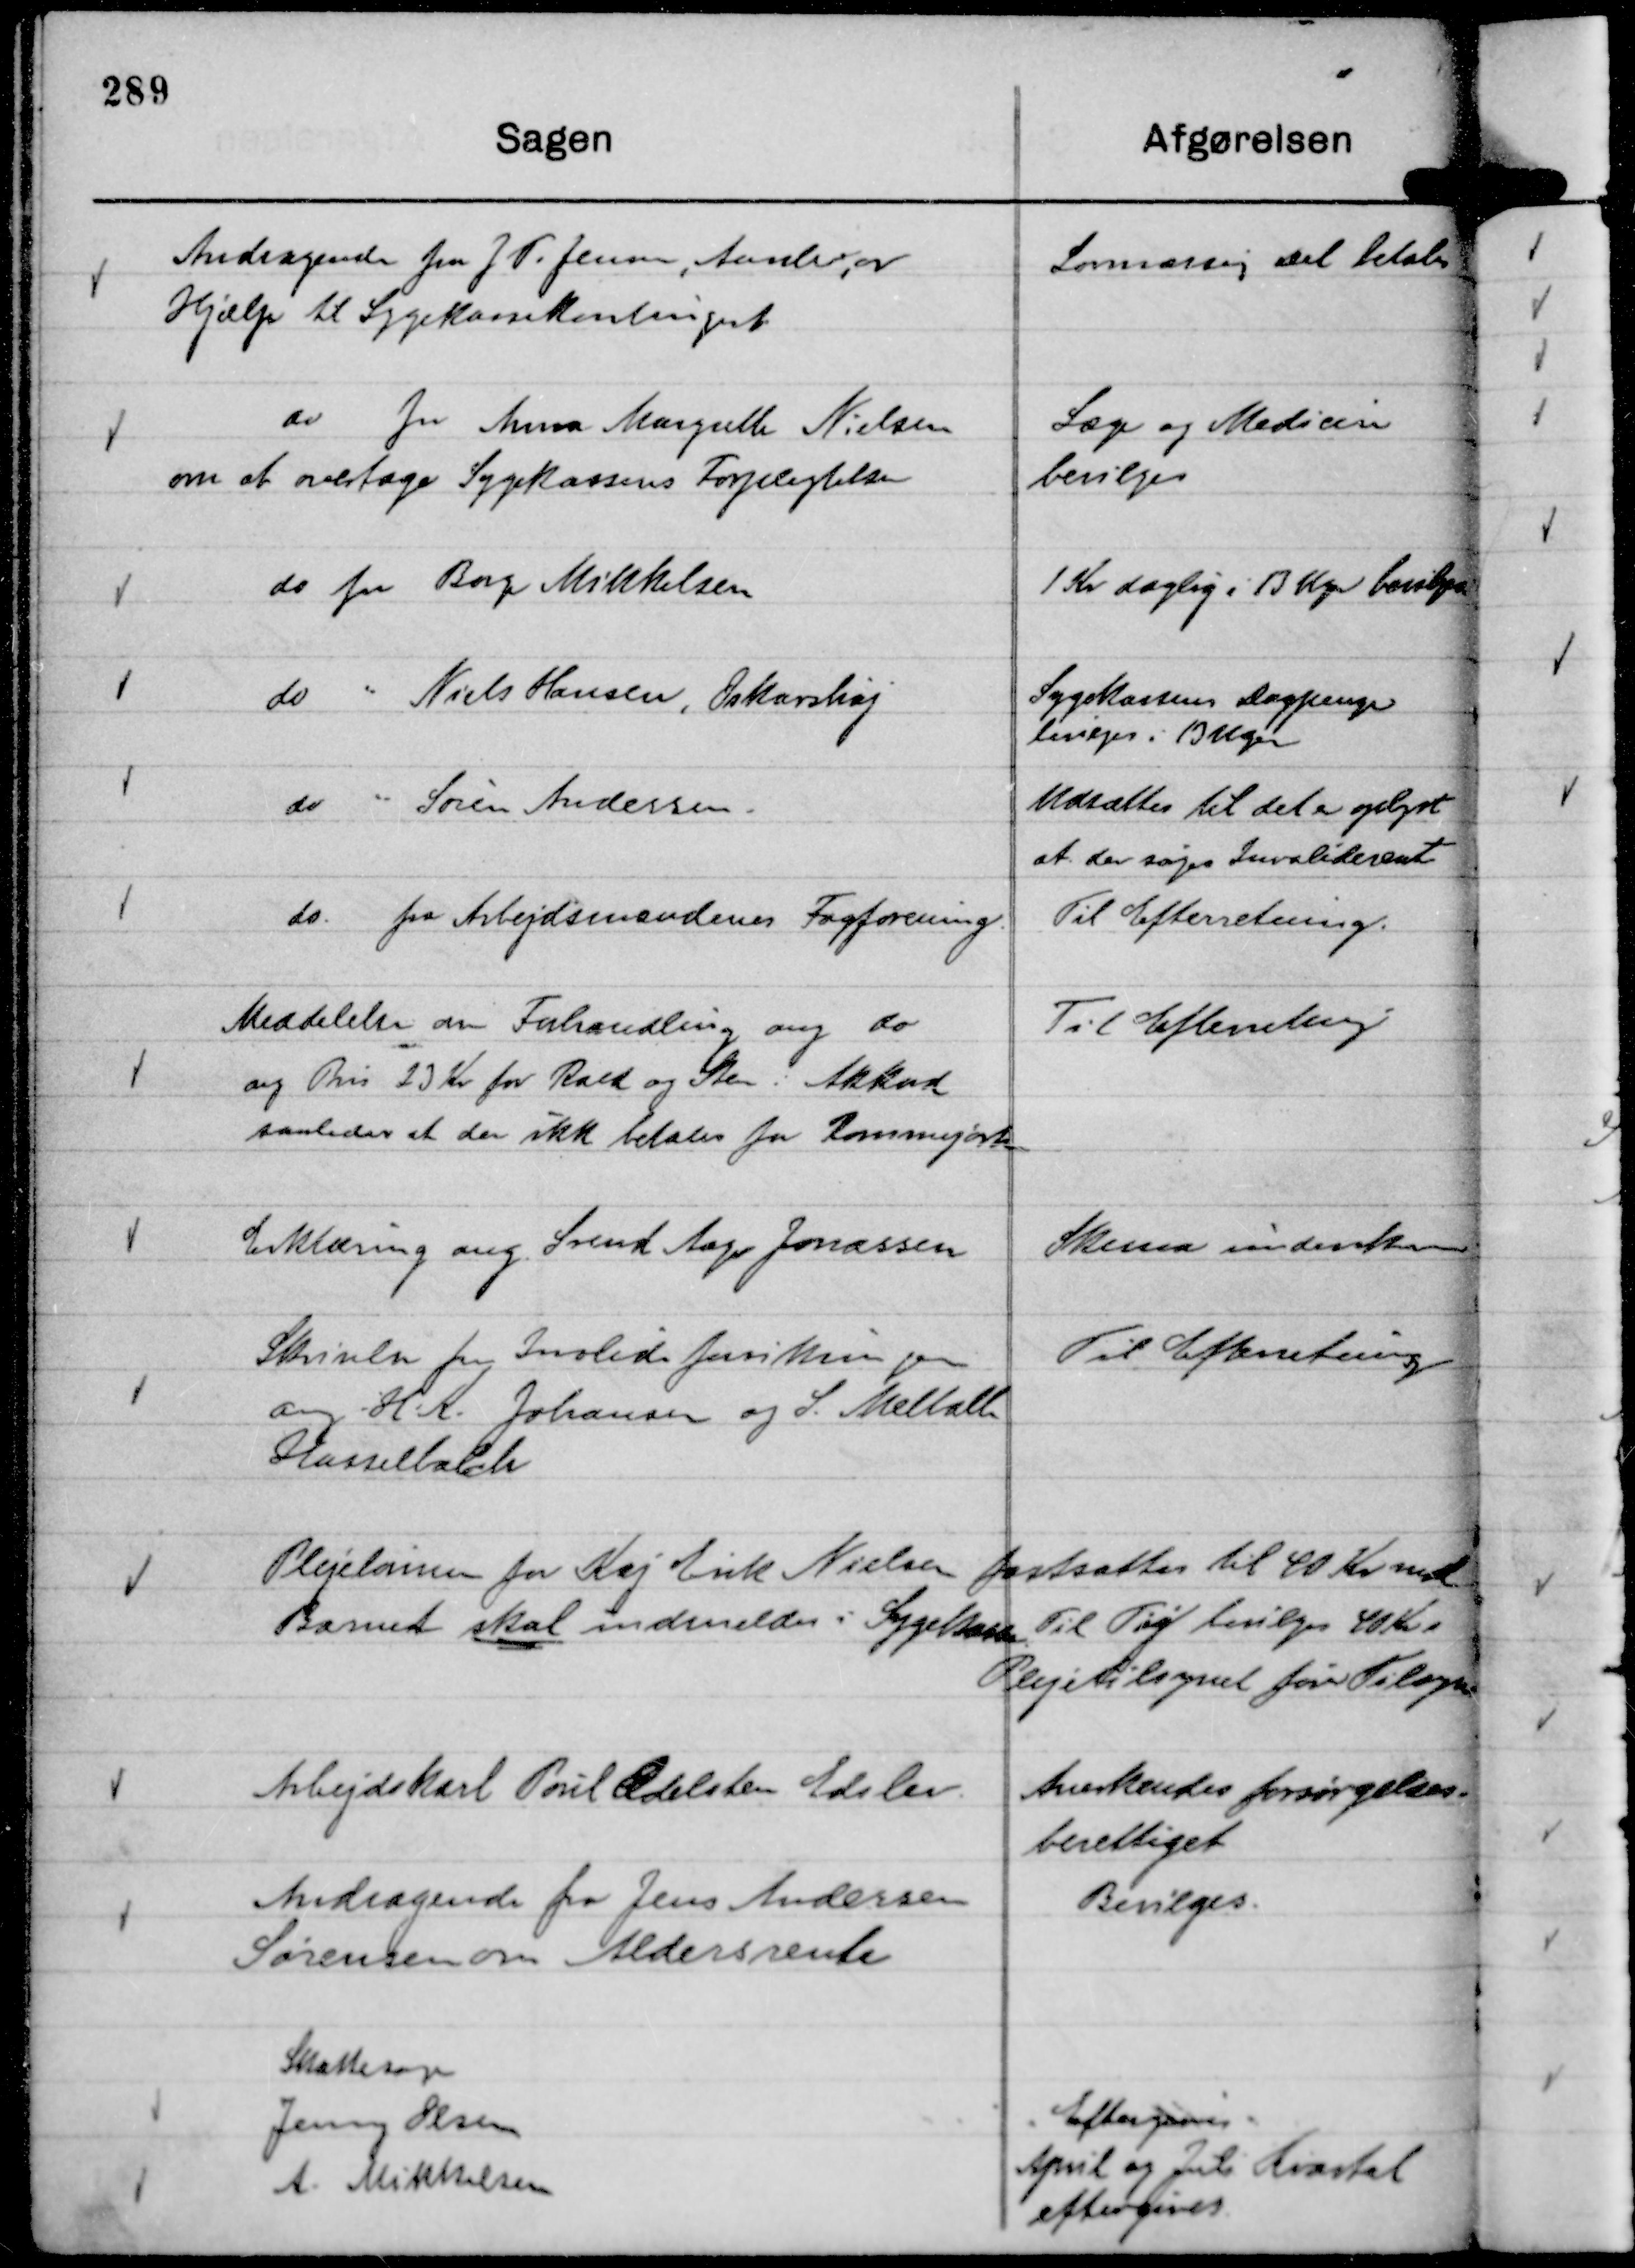
Transskription:
Andragende fra J V. Jensen, Aarslev, ov
Hjælp til Sygekassekontingent

Lovmæssig Del betales

do fra Anna Margrethe Nielsen
om at overtage Sygekassens Forpligtelser

Læge og Medicin
bevilges

do fra Børge Mikkelsen

1 Kr daglig i 13 Uger bevilges

do " Niels Hansen, Oskarshøj

Sygekassens Dagpenge
bevilges i 13 Uger

do " Søren Andersen.

Udsættes til det er oplyst
at der søges Invaliderente

do. fra Arbejdsmændenes Fagforening.

Til Efterretning.

Meddelelse om Forhandling ang do
ang Pris 23 Kr for Rald og Sten. Akkord
saaledes at der ikk betales for Rommegørten

Til Efterretning

Erklæring ang. Svend Aage Jonassen

Skema underskreves

Skrivelse fra Invalideforsikringen
ang H. K. Johansen og S. Melballe
Hasselbalch

Til Efterretning

Plejelønnen for Kaj Erik Nielsen fastsattes til 40 Kr mdl.
Barnet skal indmeldes i Sygekasse. Til Tøj bevilges 40 Kr.
Plejetilsynet fører Tilsyn.

Arbejdskarl Poul Odelsten, Edslev.

Anerkendes forsørgelses-
berettiget

Andragende fra Jens Andersen
Sørensen om Aldersrente

Bevilges.

Skattesager

Jenny Olsen
Eftergives.

A. Mikkelsen
April og Juli Kvartal
eftergives.